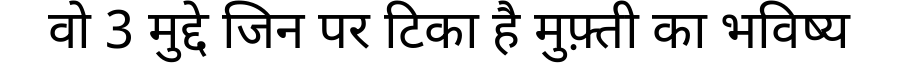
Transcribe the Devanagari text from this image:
वो 3 मुद्दे जिन पर टिका है मुफ़्ती का भविष्य